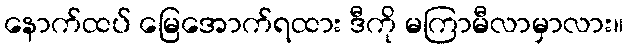
နောက်ထပ် မြေအောက်ရထား ဒီကို မကြာမီလာမှာလား။